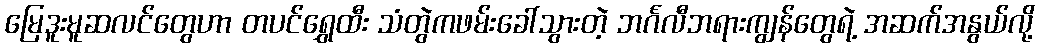
မြေဒူးမူဆလင်တွေဟာ တပင်ရွှေထီး သံတွဲကဖမ်းခေါ်သွားတဲ့ ဘင်္ဂလီဘရားကျွန်တွေရဲ့ အဆက်အနွယ်လို့